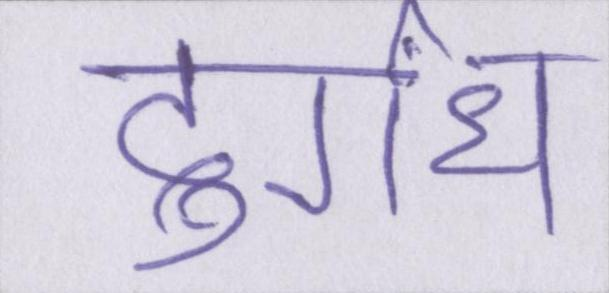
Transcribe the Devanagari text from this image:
दुर्गंध